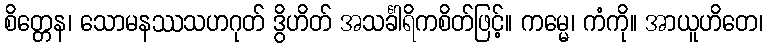
စိတ္တေန၊ သောမနဿသဟဂုတ် ဒွိဟိတ် အသင်္ခါရိကစိတ်ဖြင့်။ ကမ္မေ၊ ကံကို။ အာယူဟိတေ၊